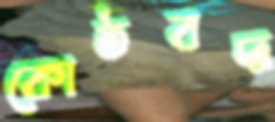
কোষ্ঠবদ্ধ